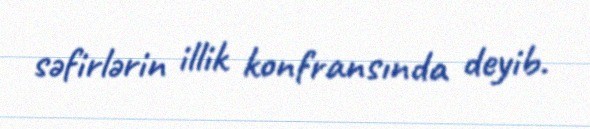
səfirlərin illik konfransında deyib.